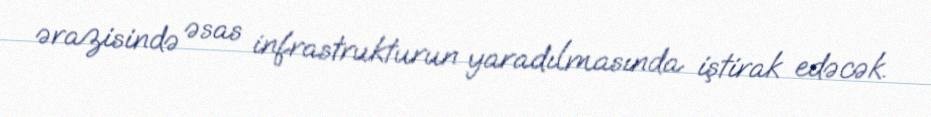
ərazisində əsas infrastrukturun yaradılmasında iştirak edəcək.